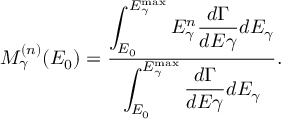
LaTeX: M _ { \gamma } ^ { ( n ) } ( E _ { 0 } ) = { \frac { \displaystyle { \int _ { E _ { 0 } } ^ { E _ { \gamma } ^ { \mathrm { m a x } } } E _ { \gamma } ^ { n } { \frac { d \Gamma } { d E \gamma } } d E _ { \gamma } } } { \displaystyle { \int _ { E _ { 0 } } ^ { E _ { \gamma } ^ { \mathrm { m a x } } } { \frac { d \Gamma } { d E \gamma } } d E _ { \gamma } } } } .